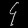
Digit: ၄